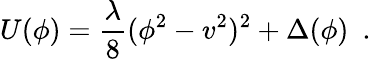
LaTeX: U(\phi)=\frac{\lambda}{8}(\phi^{2}-v^{2})^{2}+\Delta(\phi)~~.